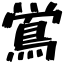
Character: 鴬